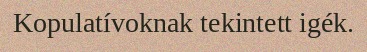
Kopulatívoknak tekintett igék.